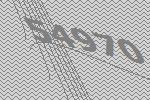
54970